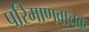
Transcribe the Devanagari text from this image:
परिमाणवाचक